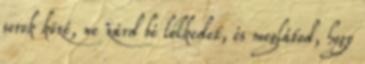
sorok közé, ne zárd bé lelkedet, és meglátod, hogy